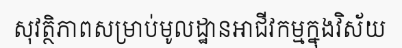
សុវត្ថិភាពសម្រាប់មូលដ្ឋានអាជីវកម្មក្នុងវិស័យ